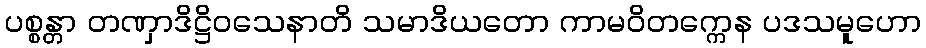
ပစ္စန္တာ တဏှာဒိဋ္ဌိဝသေနာတိ သမာဒိယတော ကာမဝိတက္ကေန ပဒသမူဟော